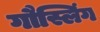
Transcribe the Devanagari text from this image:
गौस्लिंग